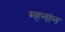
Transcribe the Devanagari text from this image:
म्हनांन